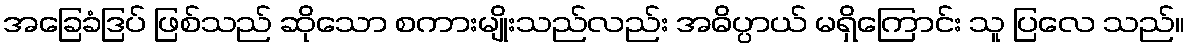
အခြေခံဒြပ် ဖြစ်သည် ဆိုသော စကားမျိုးသည်လည်း အဓိပ္ပာယ် မရှိကြောင်း သူ ပြလေ သည်။